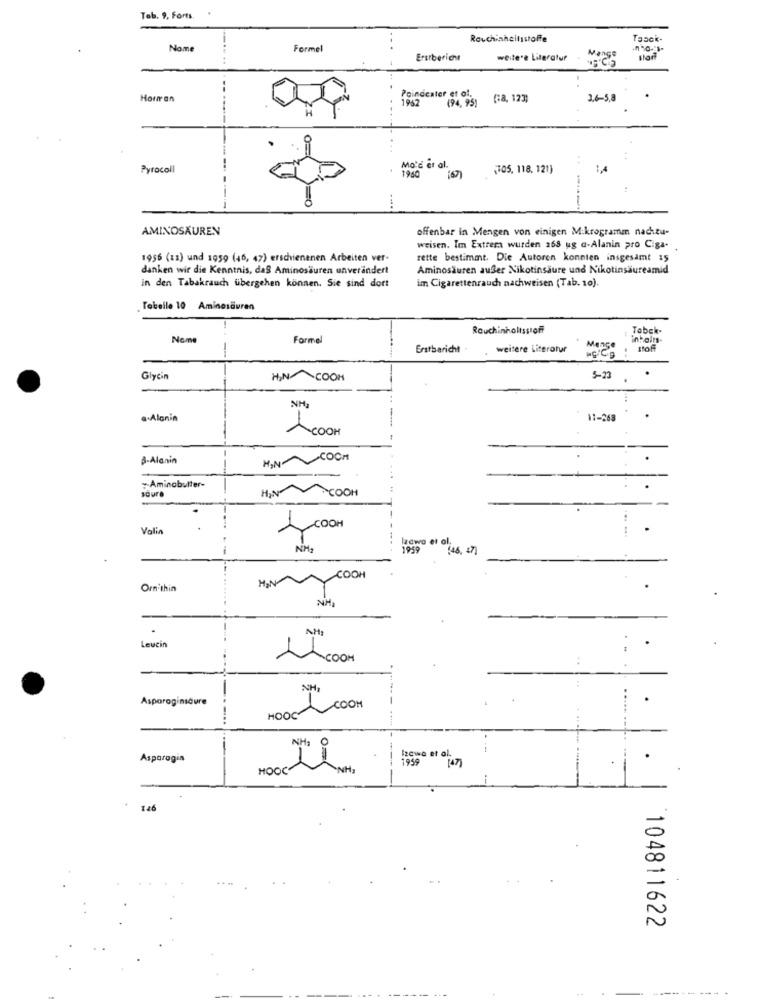
Tab. 9, Forts.
Rauchinheilsstoffe
Tasck-
Name
Formel
Ersrbericht
weitere Literatur
Hour an
Poindexter et of.
1962
(94, 95)
G8, 123)
3.6-5,8
Pyrocoll
Mo'd et al.
1940
305. 118. 121]
:4
AMINOSÄUREN
offenbar in Mengen von einigen Mikrogramm nachtu-
weisen. Im Extrem wurden 268 ug a-Alanin pro Ciga-
1956 (13) und 1959 (46, 47) erschienenen Arbeiten ver-
rette bestimmt. Die Autoren konnten insgesamt 15
danken wir die Kenntnis, daß Aminosäuren unverändert
Aminosäuren außer Nikotinsäure und Nikotinsäureamid
im Cigarettenrauch nachweisen (Tab. 10).
in den Tabakrauch übergehen können. Sie sind dort
Tabelle 10 Aminosäuren
Rauchinhaltsstoff
Tabak-
Nome
Formel
--
Erstbaricht
weitere Literatur
stoff
Glycin
HN~COOH
5-20
a.Alanin
11-263
ACOOH
B-Alanin
HIN
COCH
saure
Aminabulter-
HIN COOH
-
Vallin
lzewa et al.
NH2
1959
(46, 47]
MIN
COOH
Ornithin
NHA
AH:
Leucin
ACOOM
NH2
Asparaginscure
coOM
HOOG
Izawa et al.
Asparagin
1959
(47)
HOOC
Li
146
104811622